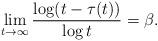
LaTeX: \begin{align*} \lim_{t\to\infty} \frac{\log(t-\tau(t))}{\log t}=\beta.\end{align*}